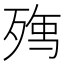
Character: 𭮘